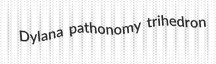
Dylana pathonomy trihedron